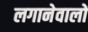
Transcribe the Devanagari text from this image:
लगानेवालों